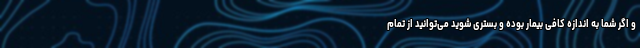
و اگر شما به اندازه کافی بیمار بوده و بستری شوید می‌توانید از تمام